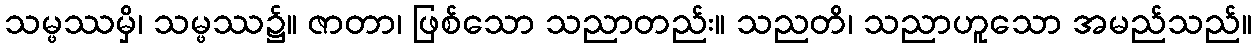
သမ္ဖဿမှိ၊ သမ္ဖဿ၌။ ဇာတာ၊ ဖြစ်သော သညာတည်း။ သညတိ၊ သညာဟူသော အမည်သည်။